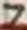
Text: 7